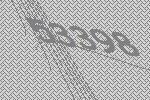
53398